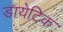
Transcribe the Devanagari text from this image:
डायेटिक